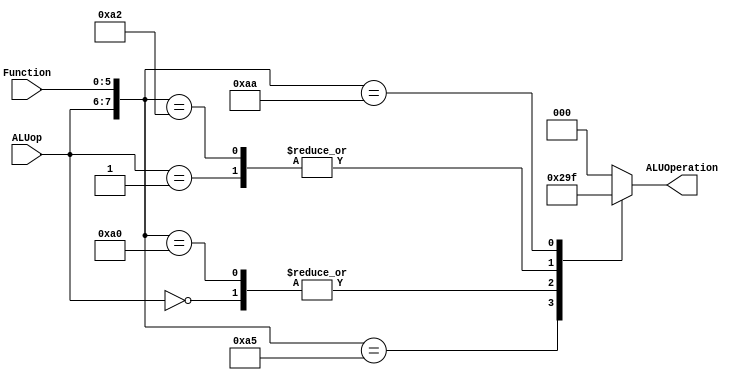
module ALUControl(input [1:0] ALUop, input [5:0] Function, output reg[2:0] ALUOperation);    
        wire [7:0] ALUControlIn;  
        assign ALUControlIn = {ALUop,Function};  
        always @(ALUControlIn)  
        casex (ALUControlIn)  
                8'b11xxxxxx: ALUOperation=3'b000;  
                8'b00xxxxxx: ALUOperation=3'b010;  
                8'b01xxxxxx: ALUOperation=3'b011;  
                8'b10100001: ALUOperation=3'b000;  
                8'b10100101: ALUOperation=3'b001;  
                8'b10100000: ALUOperation=3'b010;  
                8'b10100010: ALUOperation=3'b011;  
                8'b10101010: ALUOperation=3'b111;  
                default: ALUOperation=3'b000;  
        endcase  
endmodule